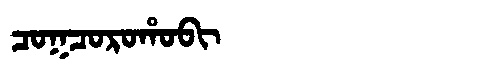
Manchu: ᠴᠣᡴᠴᠣᡵᠣᡥᠣᠪᡳ
Romanization: COKCOROHOBI